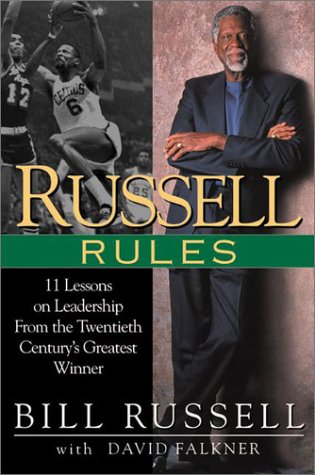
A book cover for Russell Rules: 11 Lessons on Leadership from the Twentieth Century's Greatest Winner; Bill Russell; Sports & Outdoors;